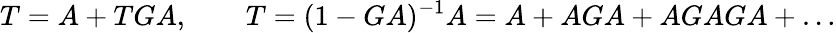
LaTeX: T=A+TGA,\qquad T=(1-GA)^{-1}A=A+AGA+AGAGA+\ldots